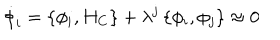
\dot { \phi } _ { i } = \left\{ \phi _ { i } , H _ { C } \right\} + \lambda ^ { j } \left\{ \phi _ { i } , \phi _ { j } \right\} \approx 0